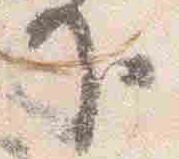
下